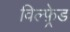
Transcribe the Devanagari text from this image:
विल्फ़्रेड